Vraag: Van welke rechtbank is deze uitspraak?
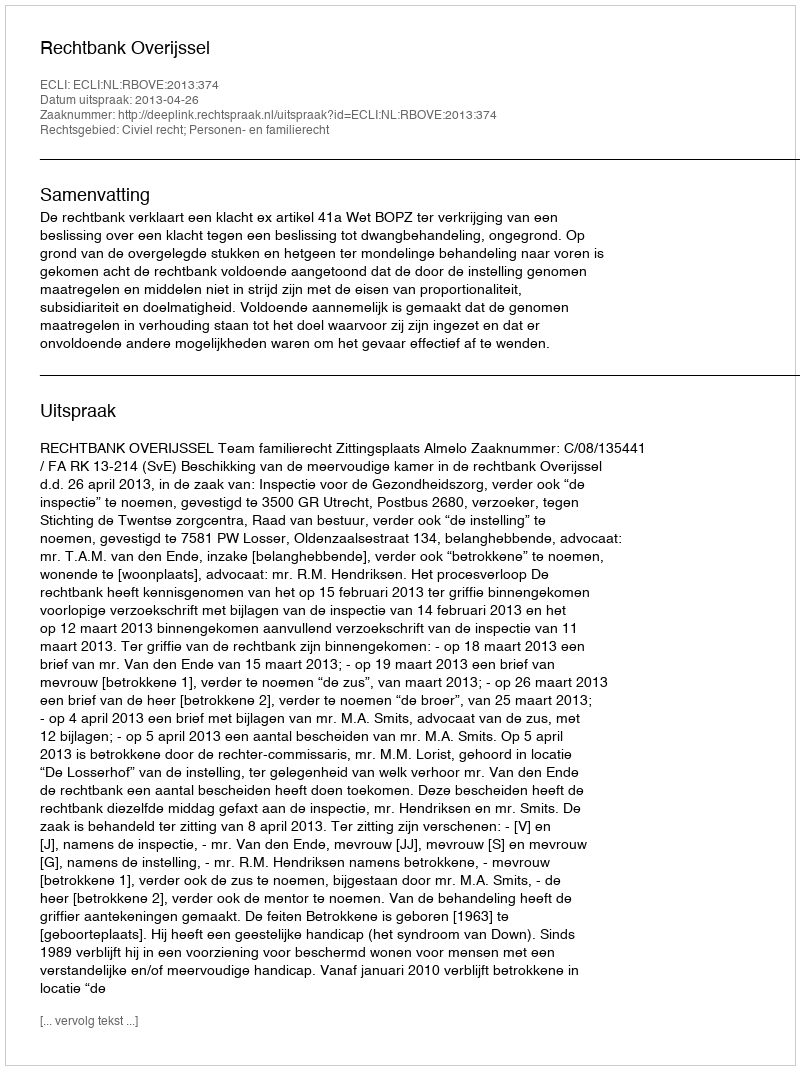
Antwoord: Rechtbank Overijssel